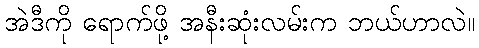
အဲဒီကို ရောက်ဖို့ အနီးဆုံးလမ်းက ဘယ်ဟာလဲ။